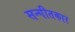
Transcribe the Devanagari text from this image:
सन्गीतकार